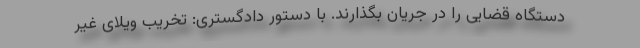
دستگاه قضایی را در جریان بگذارند. با دستور دادگستری: تخریب ویلای غیر